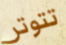
تتوتر